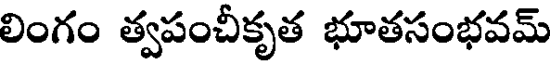
లింగం త్వపంచీకృత భూతసంభవమ్